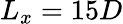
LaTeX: L_{x}=15D